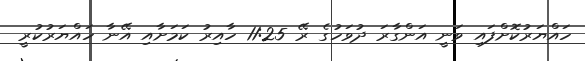
ހައްޔަރުކޮށްފައި ވަނީ އަންގާރަ ދުވަހުގެ ރޭ 11:25 ހާއިރު ކަމަށާއި އޭނާ ހައްޔަރުކުރީ